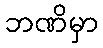
ဘဏိမှာ